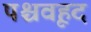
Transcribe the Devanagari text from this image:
पश्चवृहद